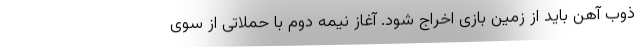
ذوب آهن باید از زمین بازی اخراج شود. آغاز نیمه دوم با حملاتی از سوی